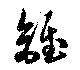
錐